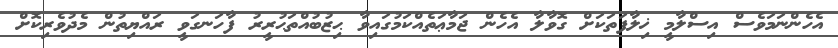
އެހެންނަމަވެސް އިސްލާމީ ޚިލާފަތަކަށް ގޮވާލާ އެހެން ޖަމާޢަތެއްކަމުގައިވާ ޙިޒުބުއްތަޙުރީރު ފާހަނގަވީ ރައްޔިތުން މެދުވެރިކޮށް